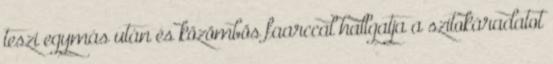
teszi egymás után és közömbös faarccal hallgatja a szitokáradatot